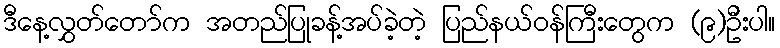
ဒီနေ့လွှတ်တော်က အတည်ပြုခန့်အပ်ခဲ့တဲ့ ပြည်နယ်ဝန်ကြီးတွေက (၉)ဦးပါ။